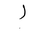
Letter: _alif